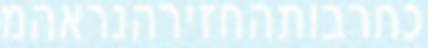
כחרבותהחזירהנראהמ